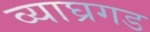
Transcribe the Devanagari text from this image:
व्याघ्रगड